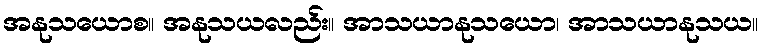
အနုသယောစ။ အနုသယလည်း။ အာသယာနုသယော၊ အာသယာနုသယ။